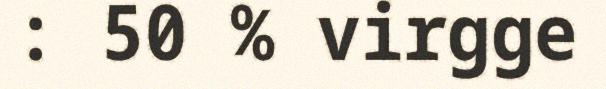
: 50 % virgge